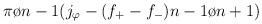
LaTeX: \begin{align*}{{\pi}\o {n-1}}(j_{\varphi} - (f_+-f_-){{n-1}\o {n+1}})\end{align*}